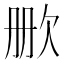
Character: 𬅡